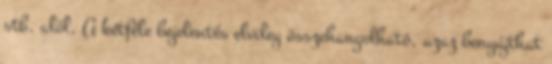
stb. alól. A kétféle bejelentés elvileg összehangolható, azaz benyújthat